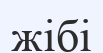
жібі